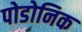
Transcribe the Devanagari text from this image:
पोडोनिक